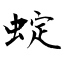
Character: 蝊